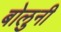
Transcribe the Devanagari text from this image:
बोलुनी